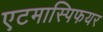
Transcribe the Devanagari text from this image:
एटमास्पिफयर